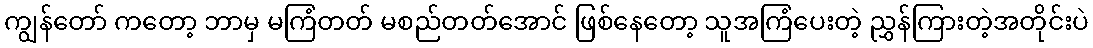
ကျွန်တော် ကတော့ ဘာမှ မကြံတတ် မစည်တတ်အောင် ဖြစ်နေတော့ သူအကြံပေးတဲ့ ညွှန်ကြားတဲ့အတိုင်းပဲ